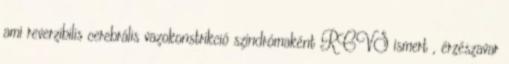
ami reverzibilis cerebrális vazokonstrikció szindrómaként RCVS ismert , érzészavar